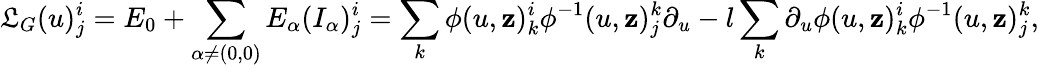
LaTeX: \mathfrak{L}_{G}(u)_{j}^{i}=E_{0}+\sum_{\alpha\neq(0,0)}E_{\alpha}(I_{\alpha})_{j}^{i}=\sum_{k}\phi(u,\mathbf{z})_{k}^{i}\phi^{-1}(u,\mathbf{z})_{j}^{k}\partial_{u}-l\sum_{k}\partial_{u}\phi(u,\mathbf{z})_{k}^{i}\phi^{-1}(u,\mathbf{z})_{j}^{k},